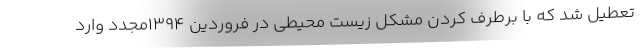
تعطیل شد که با برطرف کردن مشکل زیست محیطی در فروردین ۱۳۹۴مجدد وارد